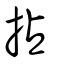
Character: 拈